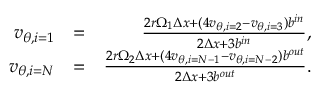
\begin{array} { r l r } { v _ { \theta , i = 1 } } & { = } & { \frac { 2 r \Omega _ { 1 } \Delta x + ( 4 v _ { \theta , i = 2 } - v _ { \theta , i = 3 } ) b ^ { i n } } { 2 \Delta x + 3 b ^ { i n } } , } \\ { v _ { \theta , i = N } } & { = } & { \frac { 2 r \Omega _ { 2 } \Delta x + ( 4 v _ { \theta , i = N - 1 } - v _ { \theta , i = N - 2 } ) b ^ { o u t } } { 2 \Delta x + 3 b ^ { o u t } } . } \end{array}